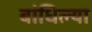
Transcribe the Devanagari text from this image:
बांधिल्या